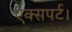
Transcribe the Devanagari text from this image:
एक्सपर्ट।